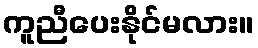
ကူညီပေးနိုင်မလား။